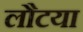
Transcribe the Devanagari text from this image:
लौटया